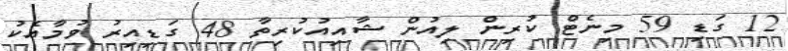
12 ގަޑި 59 މިނެޓް ކުރިން ލިއުން ޝާއިއުކުރިތާ 48 ގަޑިއިރު ވުމާއެކު